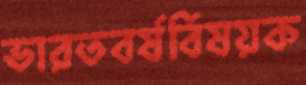
ভারতবর্ষবিষয়ক